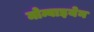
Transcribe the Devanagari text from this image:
मोम्बाइयेन